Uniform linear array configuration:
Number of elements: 24
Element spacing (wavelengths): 1
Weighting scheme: uniform
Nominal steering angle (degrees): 30
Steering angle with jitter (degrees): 30.642
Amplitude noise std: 0.05
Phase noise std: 0.05

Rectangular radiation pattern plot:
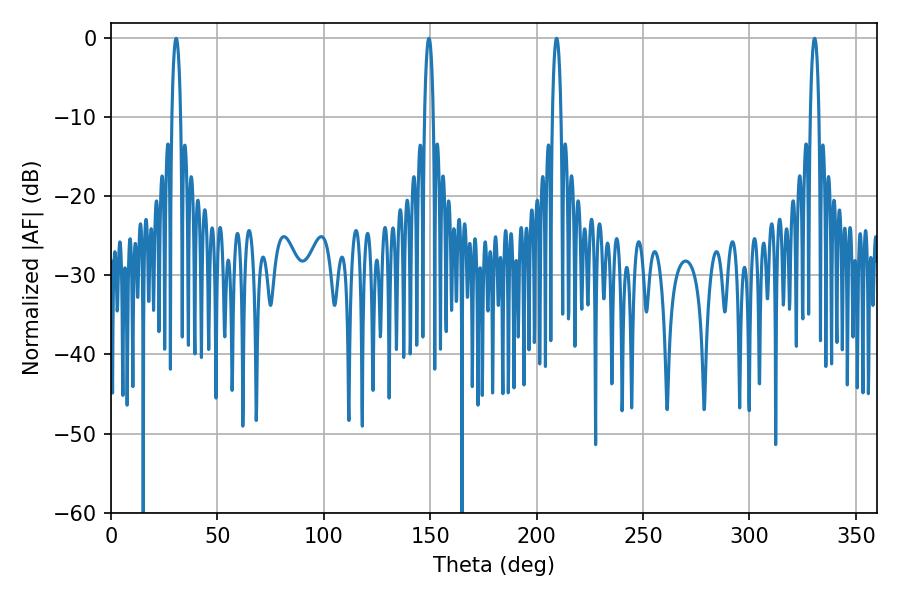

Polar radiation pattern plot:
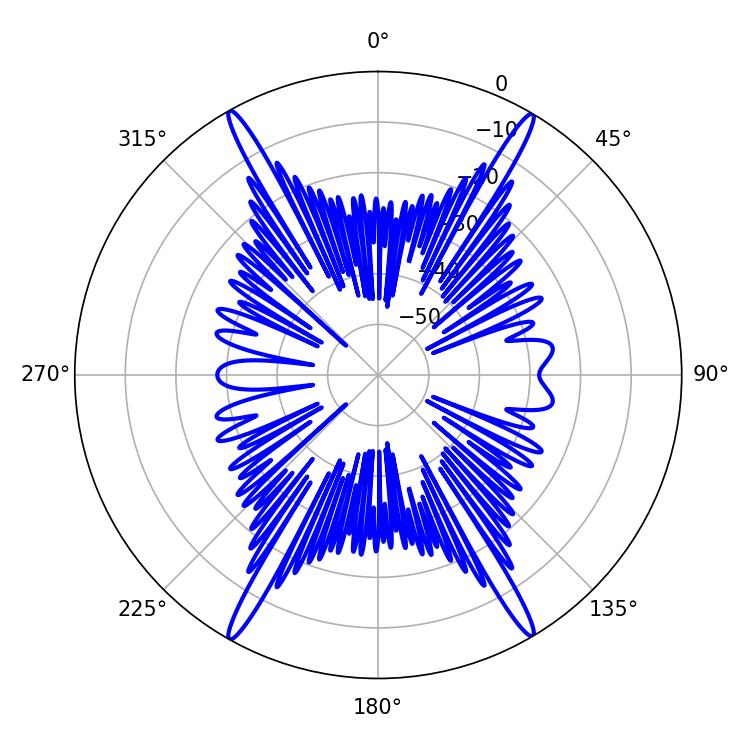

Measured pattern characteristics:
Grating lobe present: TRUE
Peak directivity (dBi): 28.229
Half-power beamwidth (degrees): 2.16
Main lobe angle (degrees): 30.6